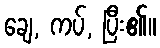
ချေ, ကပ်, ပြီး၏။